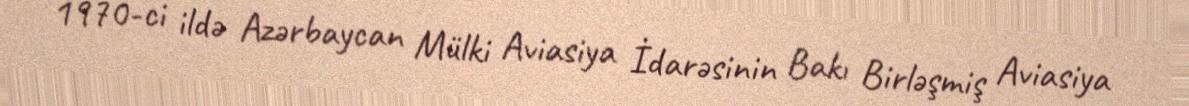
1970-ci ildə Azərbaycan Mülki Aviasiya İdarəsinin Bakı Birləşmiş Aviasiya